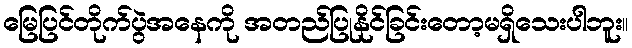
မြေပြင်တိုက်ပွဲအနေကို အတည်ပြုနိုင်ခြင်းတော့မရှိသေးပါဘူး။